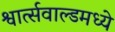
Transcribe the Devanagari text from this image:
श्वार्त्सवाल्डमध्ये